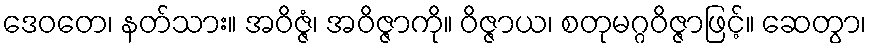
ဒေဝတေ၊ နတ်သား။ အဝိဇ္ဇံ၊ အဝိဇ္ဇာကို။ ဝိဇ္ဇာယ၊ စတုမဂ္ဂဝိဇ္ဇာဖြင့်။ ဆေတွာ၊